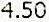
4.50